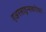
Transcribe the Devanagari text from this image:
एअरलाइन्सबरोबर